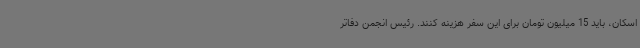
اسکان، باید 15 میلیون تومان برای این سفر هزینه کنند. رئیس انجمن دفاتر